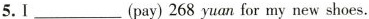
5.I___(pay) 268 yuan for my new shoes.